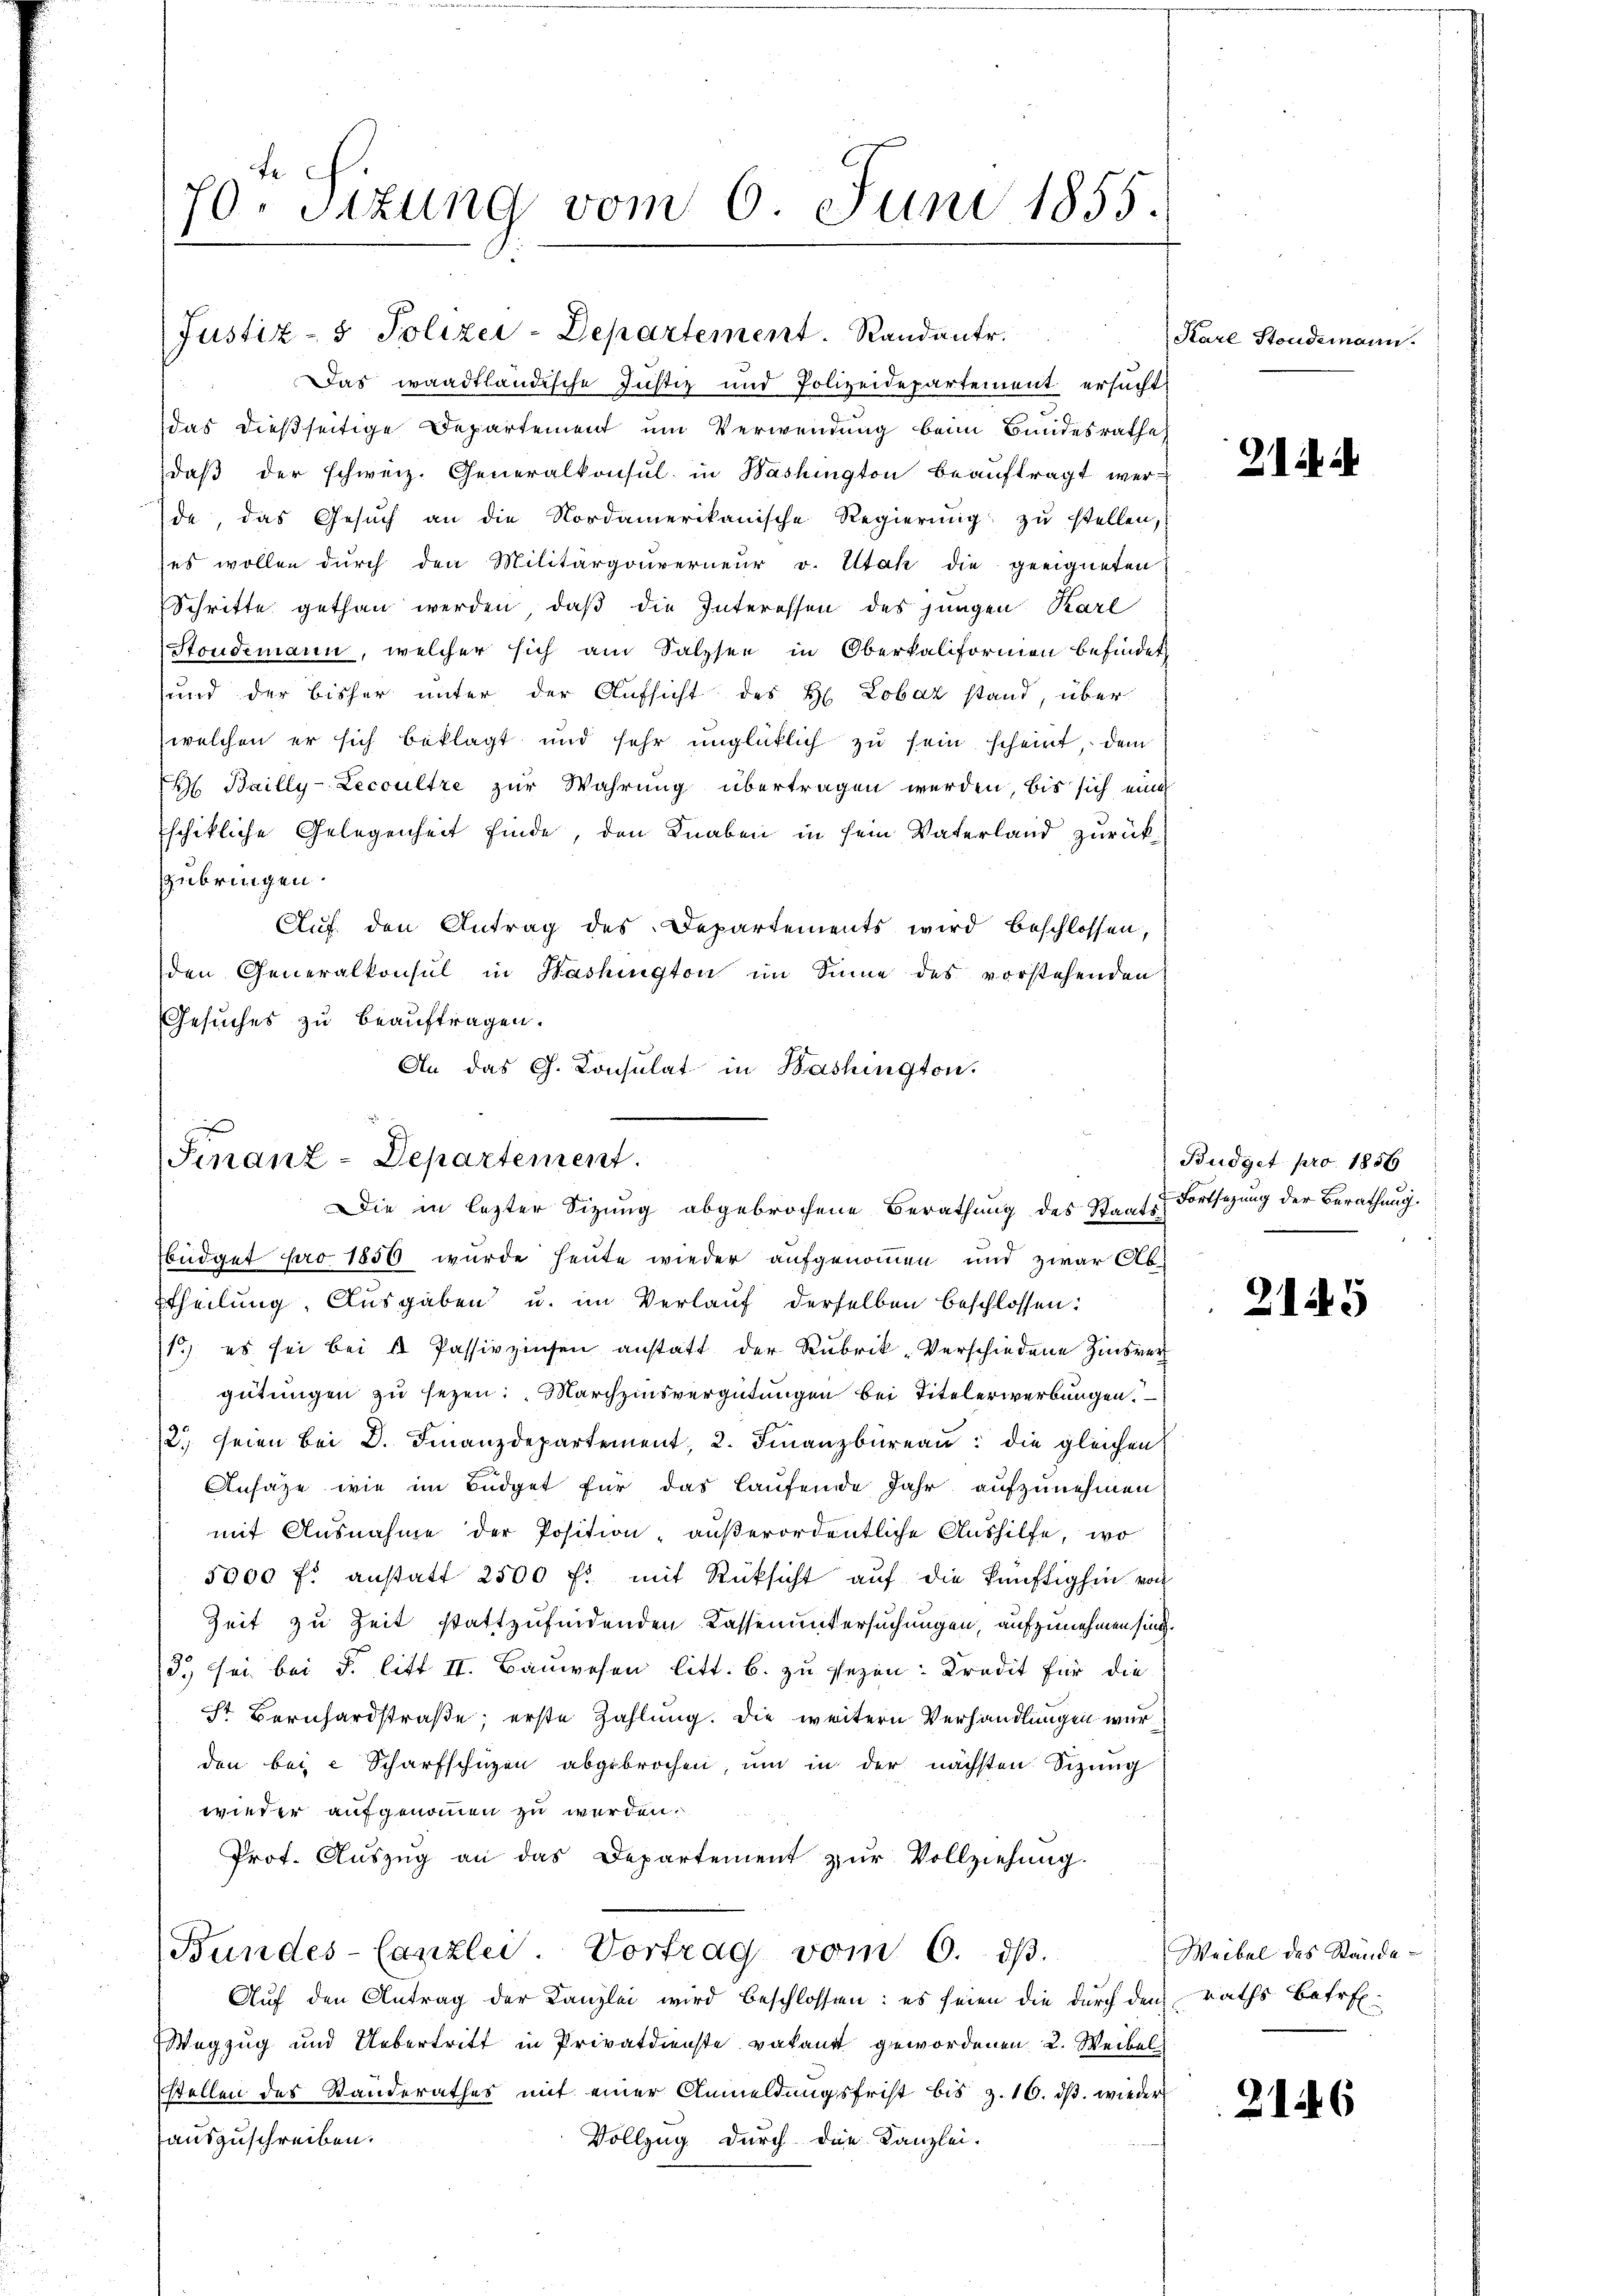
10. Sizung vom 6. Juni 1855.

Justiz- & Polizei-Departement. Randantr
Das waadtländische Justiz und Polizeidepartement ersucht
das dießseitige Departement um Verwendung beim Bundesrathe
daβ der schweiz. Generalkonsul in Washington beaŭftragt wer-
de, das Gesŭch an die Nordamerikanische Regierŭng zŭ stellen,
(es wollen durch den Militärgouverneur v. Utah die geeigneten
Schritte gethan werden, daβ die Interessen des jungen Karl
Stondemann, welcher sich am Salzsee in Oberkaliformen befindet
und der bisher unter der Aufsicht des H Lobaz stand, über
(welchen er sich beklagt und sehr unglücklich zu sein scheint, dem
 Bailly-Lecoultre zur Wahrung übertragen werden, bis sich eine
schikliche Gelegenheit finde, den Knaben in sein Vaterland zurückzubringen.
Auf den Antrag des Departements wird beschlossen,
den Generalkonsul in Washington im Sinne des vorstehenden
Gesuches zu beauftragen.
An das G. Consulat in Bashington.

Smanz-Departement.
Die in lezter Sitzung abgebrochene Berathung des Parte Fortsezung der Berathung.

büdget pro 1856 wurde heute wieder aufgenommen und zwar Abztheilung, Ausgaben u. im Verlauf derselben beschlossen:
1) es sei bei u Passivzinsen anstatt der Rubrik „Verschiedene Zinsrer
gütungen zu sezen: „Marchzinsvergütungen bei Titelerwerbungen.
2. seien bei D. Finanzdepartement, 2. Finanzbüreau die gleichen
Ansätze wie im Büdget für das laufende Jahr aufzunehmen
mit Ausnahme der Position außerordentliche Aushilfe, wo
5000 fl anstatt 2500 f: mit Rüksicht auf die künftighin von
Zeit zu Zeit stattzufindenden Kassenuntersuchungen, aufzunehmen sind.
d. sei bei §. litt II. Bauwesen litt. b. zu sezen: Kredit für die
st Bernhardstraße; erste Zahlung. Die weitern Verhandlungen wurden bei e Scharfschüzen abgebrochen, um in der nächsten Sizung
wieder aufgenommen zu werden.
Prot. Aŭszŭg an das Departement zŭr Vollziehung.
Bundes-Canzlei. Vortrag vom 6. dβ.
Auf den Antrag der Kanzlei wird beschlossen: es seien die durch den Raths Betref
Wegzug und Uebertritt in Privatdienste vakant gewordenen 2. Weibel
stellen des Standerathes mit einer Anmeldungsfrist bis z. 16. dβ. wieder
auszuschreiben.
Vollzug durch die Kanzlei-

Karl Stondemann.

21 i

Budget pro 1856

2145

Weibel des Stände

2126